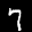
Label: 7